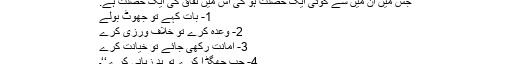
جس میں ان میں سے کوئی ایک خصلت ہو گی اس میں نفاق کی ایک خصلت ہے:
1- بات کہے تو جھوٹ بولے
2- وعدہ کرے تو خلاف ورزی کرے
3- امانت رکھی جائے تو خیانت کرے
4- جب جھگڑا کرے تو بد زبانی کرے‘‘۔